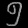
Digit: ၅